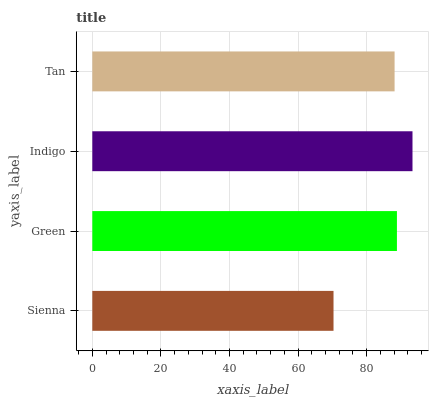
| yaxis_label | bars |
 | --- | --- |
 | Sienna | 70.3 |
 | Green | 88.8 |
 | Indigo | 93.4 |
 | Tan | 88.1 |